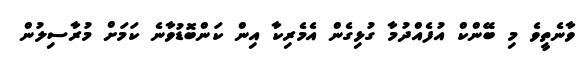
ވާނެތީވެ މި ބޭންކް އުފެއްދުމާ ގުޅިގެން އެމެރިކާ އިން ކަންބޮޑުވާނެ ކަަމަށް މުރާސިލުން